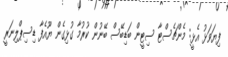
ފިޔަވަޅު އެޅީ: މެންޗެސްޓާ ސިޓީން ބަޑިބޭސް ބޭނުން ކުރުމާ ގުޅިގެން ޔޫއެފާ ޑިސިޕްލިނަރީ